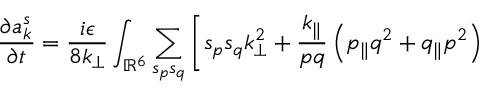
{ \frac { \partial a _ { k } ^ { s } } { \partial t } } = \frac { i \epsilon } { 8 k _ { \perp } } \int _ { \mathbb { R } ^ { 6 } } \sum _ { s _ { p } s _ { q } } \left[ s _ { p } s _ { q } k _ { \perp } ^ { 2 } + \frac { k _ { \parallel } } { p q } \left( p _ { \parallel } q ^ { 2 } + q _ { \parallel } p ^ { 2 } \right) \right.